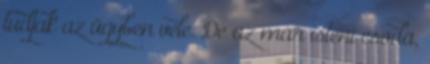
tudjak az ügyben vele. De az már isteni csoda,